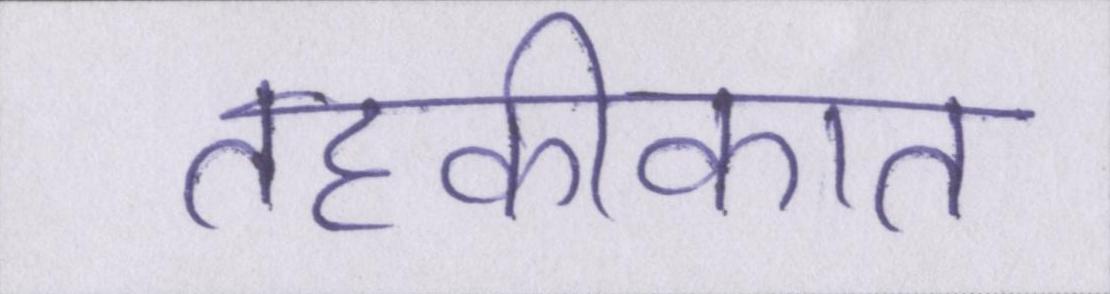
तहकीकात